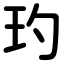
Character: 玓